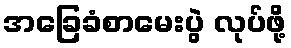
အခြေခံစာမေးပွဲ လုပ်ဖို့